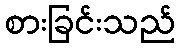
စားခြင်းသည်